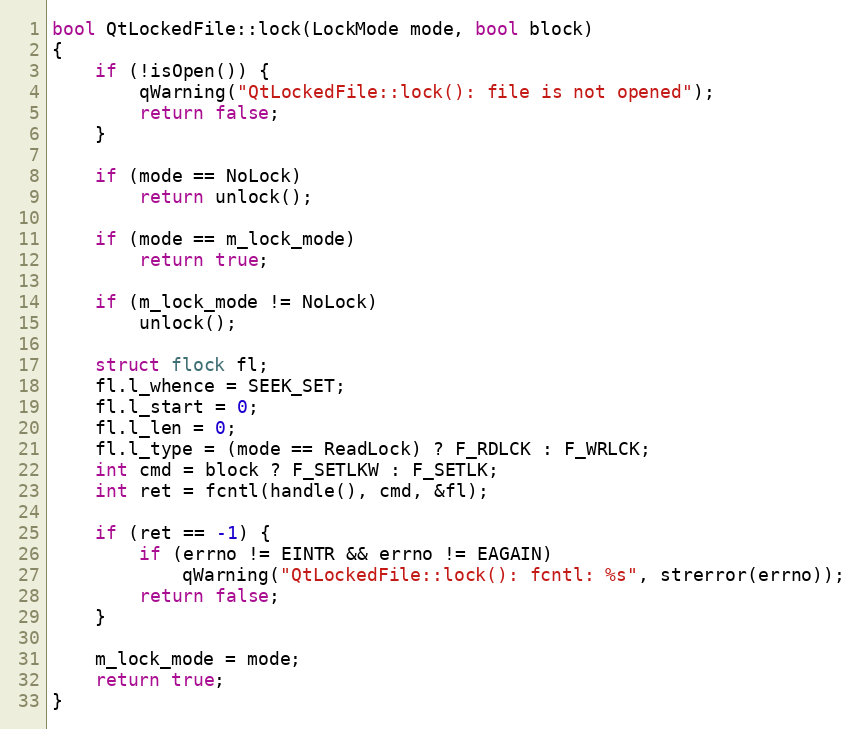
Language: C++
bool QtLockedFile::lock(LockMode mode, bool block)
{
    if (!isOpen()) {
        qWarning("QtLockedFile::lock(): file is not opened");
        return false;
    }

    if (mode == NoLock)
        return unlock();

    if (mode == m_lock_mode)
        return true;

    if (m_lock_mode != NoLock)
        unlock();

    struct flock fl;
    fl.l_whence = SEEK_SET;
    fl.l_start = 0;
    fl.l_len = 0;
    fl.l_type = (mode == ReadLock) ? F_RDLCK : F_WRLCK;
    int cmd = block ? F_SETLKW : F_SETLK;
    int ret = fcntl(handle(), cmd, &fl);

    if (ret == -1) {
        if (errno != EINTR && errno != EAGAIN)
            qWarning("QtLockedFile::lock(): fcntl: %s", strerror(errno));
        return false;
    }

    m_lock_mode = mode;
    return true;
}